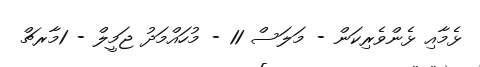
ޅެމާއި ޅެންވެރިކަން - މަލަސް 11 - މުހައްމަދު ޖަމީލް - 1މާރޗް